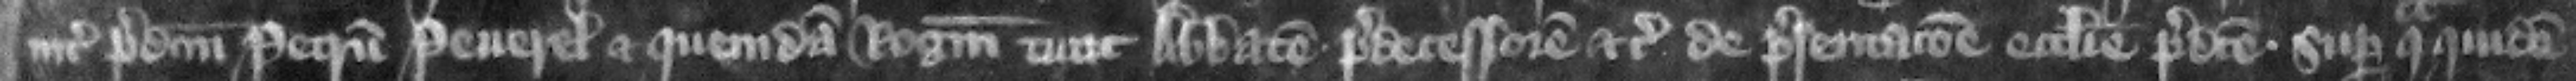
inter predictum Petrum Peuerel et quemdam Rogerum tunc abbatem predecessorem etc. de presentacione ecclesie predicte. Super qua quidem